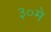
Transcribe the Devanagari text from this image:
३०मे